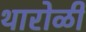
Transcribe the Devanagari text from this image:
थारोळी